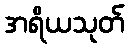
အရိယသုတ်